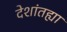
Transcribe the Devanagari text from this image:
देशांतह्या